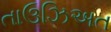
તાઉઝિઅત